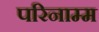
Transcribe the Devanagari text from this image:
परिनाम्म